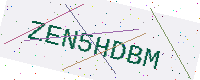
Text: ZEN5HDBM